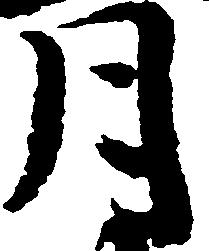
月